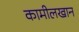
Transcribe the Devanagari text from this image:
कामीलखान